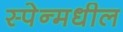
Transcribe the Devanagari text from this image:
स्पेन्मधील